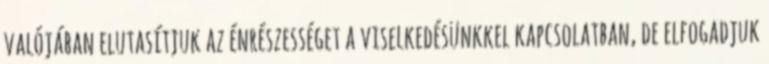
valójában elutasítjuk az énrészességet a viselkedésünkkel kapcsolatban, de elfogadjuk